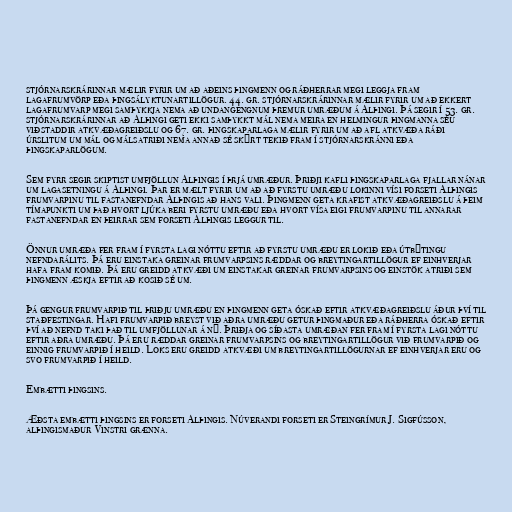
stjórnarskrárinnar mælir fyrir um að aðeins þingmenn og ráðherrar megi leggja fram
lagafrumvörp eða þingsályktunartillögur. 44. gr. stjórnarskrárinnar mælir fyrir um að ekkert
lagafrumvarp megi samþykkja nema að undangengnum þremur umræðum á Alþingi. Þá segir í 53. gr.
stjórnarskrárinnar að Alþingi geti ekki samþykkt mál nema meira en helmingur þingmanna séu
viðstaddir atkvæðagreiðslu og 67. gr. þingskaparlaga mælir fyrir um að afl atkvæða ráði
úrslitum um mál og málsatriði nema annað sé skýrt tekið fram í stjórnarskránni eða
þingskaparlögum.

Sem fyrr segir skiptist umfjöllun Alþingis í þrjá umræður. Þriðji kafli þingskaparlaga fjallar nánar
um lagasetningu á Alþingi. Þar er mælt fyrir um að að fyrstu umræðu lokinni vísi forseti Alþingis
frumvarpinu til fastanefndar Alþingis að hans vali. Þingmenn geta krafist atkvæðagreiðslu á þeim
tímapunkti um það hvort ljúka beri fyrstu umræðu eða hvort vísa eigi frumvarpinu til annarar
fastanefndar en þeirrar sem forseti Alþingis leggur til.

Önnur umræða fer fram í fyrsta lagi nóttu eftir að fyrstu umræðu er lokið eða útbýtingu
nefndarálits. Þá eru einstaka greinar frumvarpsins ræddar og breytingartillögur ef einhverjar
hafa fram komið. Þá eru greidd atkvæði um einstakar greinar frumvarpsins og einstök atriði sem
þingmenn æskja eftir að kosið sé um.

Þá gengur frumvarpið til þriðju umræðu en þingmenn geta óskað eftir atkvæðagreiðslu áður því til
staðfestingar. Hafi frumvarpið breyst við aðra umræðu getur þingmaður eða ráðherra óskað eftir
því að nefnd taki það til umfjöllunar á ný. Þriðja og síðasta umræðan fer fram í fyrsta lagi nóttu
eftir aðra umræðu. Þá eru ræddar greinar frumvarpsins og breytingartillögur við frumvarpið og
einnig frumvarpið í heild. Loks eru greidd atkvæði um breytingartillögurnar ef einhverjar eru og
svo frumvarpið í heild.

Embætti þingsins.

Æðsta embætti þingsins er forseti Alþingis. Núverandi forseti er Steingrímur J. Sigfússon,
alþingismaður Vinstri grænna.